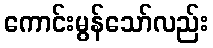
ကောင်းမွန်သော်လည်း